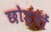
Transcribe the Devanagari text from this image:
छोड्यों